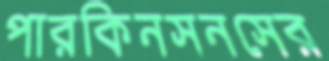
পারকিনসনসের